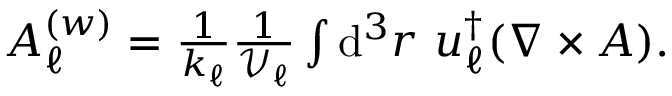
\begin{array} { r } { A _ { \ell } ^ { ( w ) } = \frac { 1 } { k _ { \ell } } \frac { 1 } { \mathcal { V } _ { \ell } } \int \mathrm { d } ^ { 3 } r ~ \boldsymbol { u } _ { \ell } ^ { \dagger } ( \nabla \times \boldsymbol { A } ) . } \end{array}